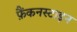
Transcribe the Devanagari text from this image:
फ़ैंकनस्टाइन